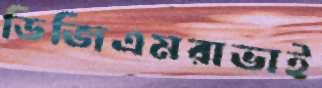
ডিজিএমরাভাই